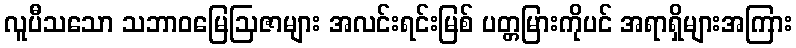
လူပီသသော သဘာဝမြေဩဇာများ အလင်းရင်းမြစ် ပတ္တမြားကိုပင် အရာရှိများအကြား